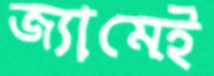
জ্যামেই